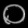
Digit: ၀